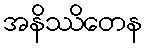
အနိဿိတေန